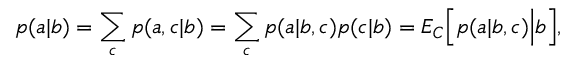
p ( a | b ) = \sum _ { c } p ( a , c | b ) = \sum _ { c } p ( a | b , c ) p ( c | b ) = { E } _ { C } \Big [ p ( a | b , c ) \Big | b \Big ] ,